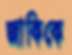
জাকিকে